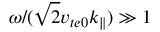
\omega / ( \sqrt { 2 } v _ { t e 0 } k _ { \parallel } ) \gg 1